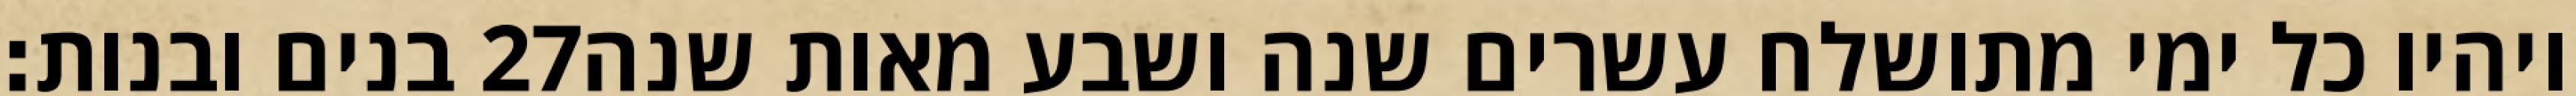
בנים ובנות׃ ‎27‏ ויהיו כל ימי מתושלח עשרים שנה ושבע מאות שנה